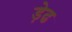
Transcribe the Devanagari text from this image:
ड़ेढ